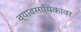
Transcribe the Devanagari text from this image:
व्यावसायिकांवर